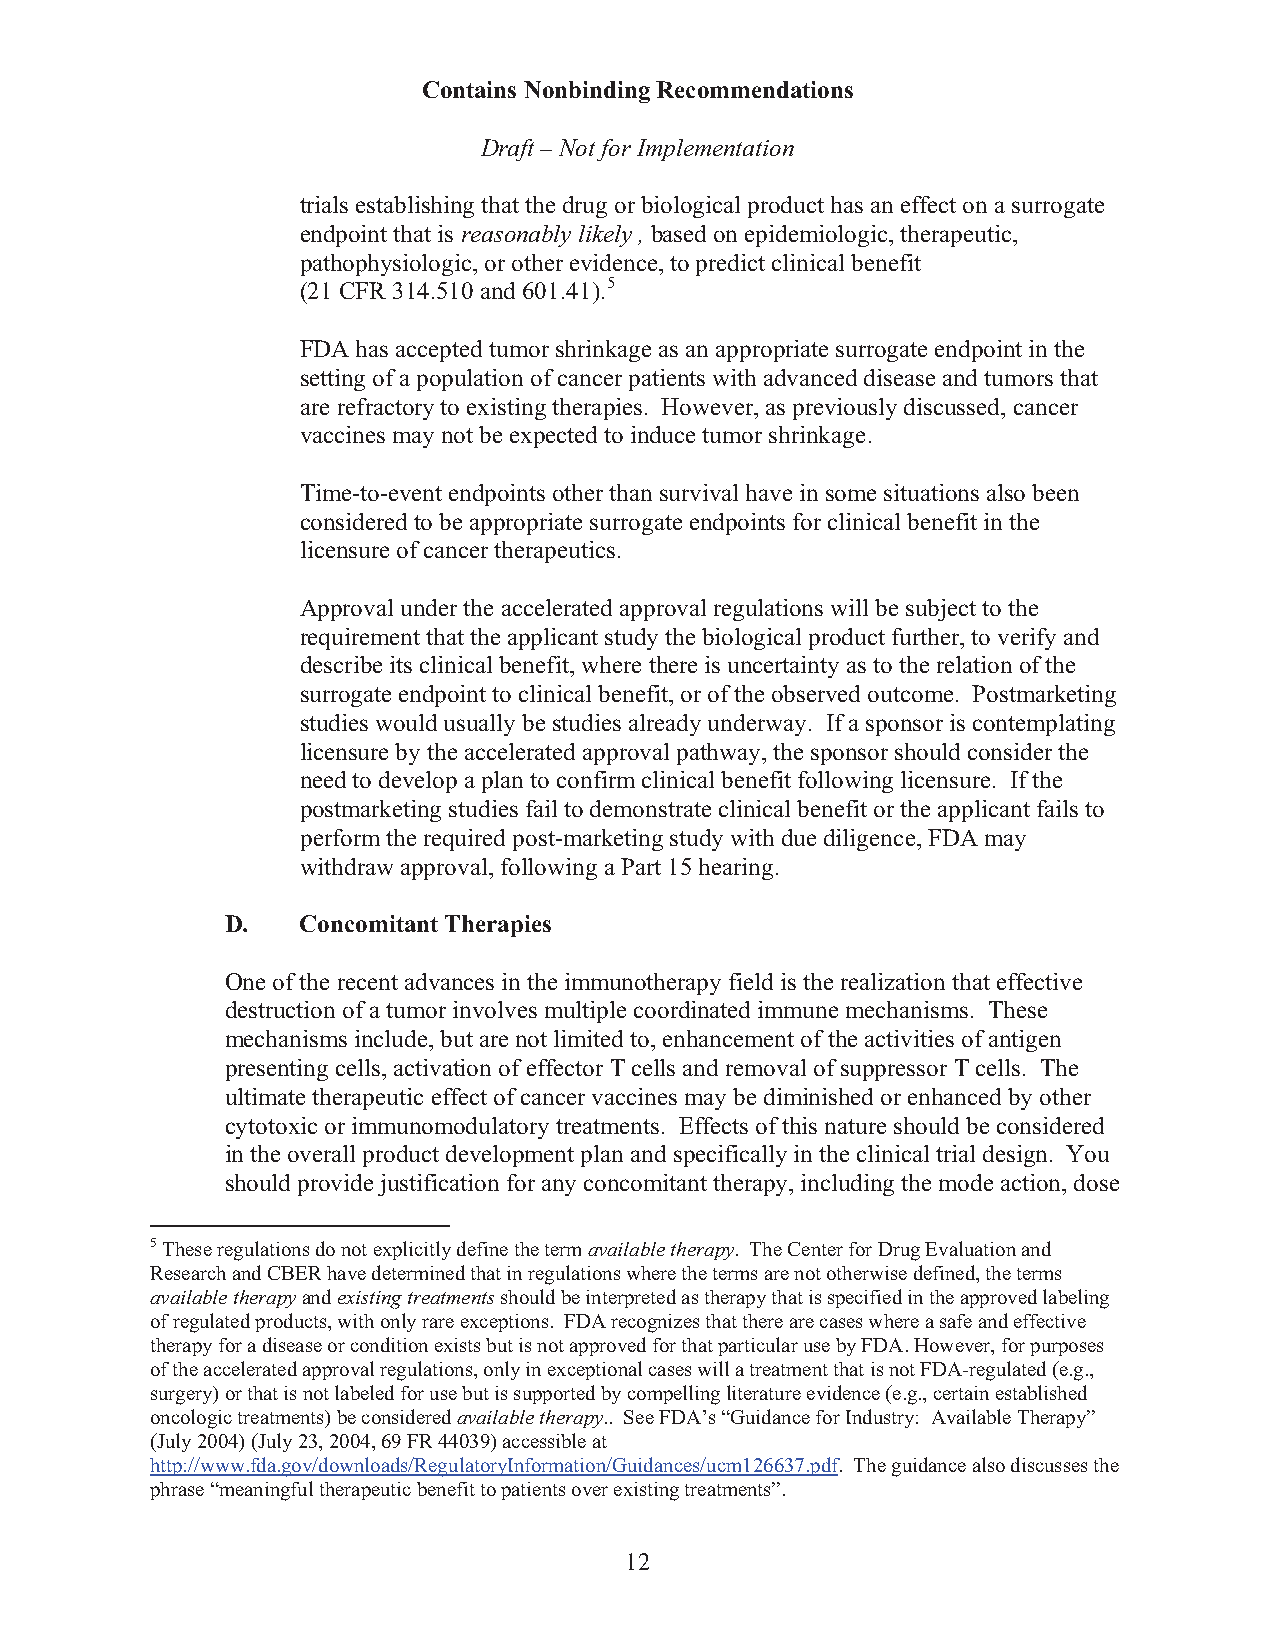
Contains Nonbinding Recommendations
 Draft – Not for Implementation
 trials establishing that the drug or biological product has an effect on a surrogate
 endpoint that is reasonably likely, based on epidemiologic, therapeutic,
 pathophysiologic, or other evidence, to predict clinical benefit
 (21 CFR 314.510 and 601.41).5
 FDA has accepted tumor shrinkage as an appropriate surrogate endpoint in the
 setting of a population of cancer patients with advanced disease and tumors that
 are refractory to existing therapies. However, as previously discussed, cancer
 vaccines may not be expected to induce tumor shrinkage.
 Time-to-event endpoints other than survival have in some situations also been
 considered to be appropriate surrogate endpoints for clinical benefit in the
 licensure of cancer therapeutics.
 Approval under the accelerated approval regulations will be subject to the
 requirement that the applicant study the biological product further, to verify and
 describe its clinical benefit, where there is uncertainty as to the relation of the
 surrogate endpoint to clinical benefit, or of the observed outcome. Postmarketing
 studies would usually be studies already underway. If a sponsor is contemplating
 licensure by the accelerated approval pathway, the sponsor should consider the
 need to develop a plan to confirm clinical benefit following licensure. If the
 postmarketing studies fail to demonstrate clinical benefit or the applicant fails to
 perform the required post-marketing study with due diligence, FDA may
 withdraw approval, following a Part 15 hearing.
 D.   Concomitant Therapies
 One of the recent advances in the immunotherapy field is the realization that effective
 destruction of a tumor involves multiple coordinated immune mechanisms. These
 mechanisms include, but are not limited to, enhancement of the activities of antigen
 presenting cells, activation of effector T cells and removal of suppressor T cells. The
 ultimate therapeutic effect of cancer vaccines may be diminished or enhanced by other
 cytotoxic or immunomodulatory treatments. Effects of this nature should be considered
 in the overall product development plan and specifically in the clinical trial design. You
 should provide justification for any concomitant therapy, including the mode action, dose
 5 These regulations do not explicitly define the term available therapy. The Center for Drug Evaluation and
 Research and CBER have determined that in regulations where the terms are not otherwise defined, the terms
 available therapy and existing treatments should be interpreted as therapy that is specified in the approved labeling
 of regulated products, with only rare exceptions. FDA recognizes that there are cases where a safe and effective
 therapy for a disease or condition exists but is not approved for that particular use by FDA. However, for purposes
 of the accelerated approval regulations, only in exceptional cases will a treatment that is not FDA-regulated (e.g.,
 surgery) or that is not labeled for use but is supported by compelling literature evidence (e.g., certain established
 oncologic treatments) be considered available therapy.. See FDA’s “Guidance for Industry: Available Therapy”
 (July 2004) (July 23, 2004, 69 FR 44039) accessible at
 http://www.fda.gov/downloads/RegulatoryInformation/Guidances/ucm126637.pdf. The guidance also discusses the
 phrase “meaningful therapeutic benefit to patients over existing treatments”.
 12